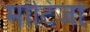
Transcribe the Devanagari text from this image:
मोंटिजो